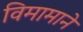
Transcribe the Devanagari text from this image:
विमामाने